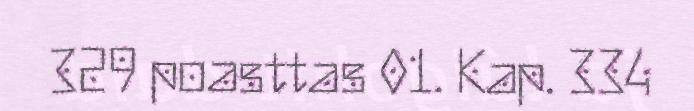
329 poasttas 01. Kap. 334